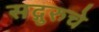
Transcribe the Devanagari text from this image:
सद्गुरुचे